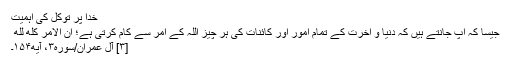
خدا پر توکل کی اہمیت
جیسا کہ آپ جانتے ہیں کہ دنیا و آخرت کے تمام امور اور کائنات کی ہر چیز اللہ کے امر سے کام کرتی ہے؛ اِنَّ الاَمْرَ کُلَّهُ لِلَّهِ ‌
[۳] آل عمران/سوره۳، آیه۱۵۴۔